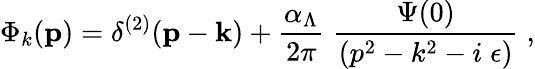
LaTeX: \Phi_{k}({\mathbf p})=\delta^{(2)}({\mathbf p}-{\mathbf k})+\frac{\alpha_{\Lambda}}{2\pi}\; \frac{\Psi(0)}{(p^{2}-k^{2}-i\; \epsilon)}\; ,